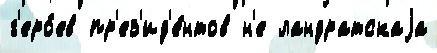
г'еро́ев пр'ез'ид'е́нтов н'е ландратскаjа